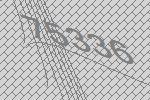
75336